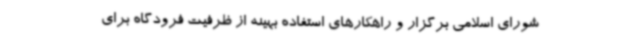
شورای اسلامی برگزار و راهکارهای استفاده بهینه از ظرفیت فرودگاه برای